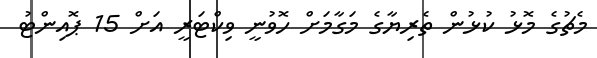
މެޗުގެ މޮޅު ކުޅުން ތެރިޔާގެ މަގާމަށް ހޮވުނީ ވިކްޓަރީ އަށް 15 ޕޮއިންޓު